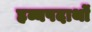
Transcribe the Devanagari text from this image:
हव्यपदार्थों